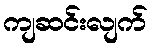
ကျဆင်းလျက်